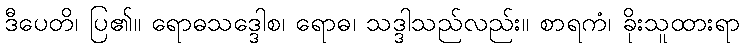
ဒီပေတိ၊ ပြ၏။ ရောဓသဒ္ဒေါစ၊ ရောဓ၊ သဒ္ဒါသည်လည်း။ စာရကံ၊ ခိုးသူထားရာ